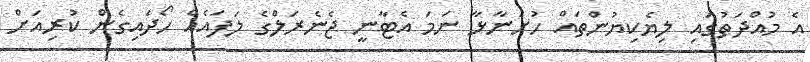
އެ މުއްދަތުގައި ލިޔެކިޔުންތައް ހުށަނާޅާ ނަމަ އެޓާނީ ޖެނެރަލްގެ ލަފައެއް ހޯދައިގެން ކުރިއަށް